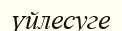
үйлесуге